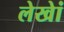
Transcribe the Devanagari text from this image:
लेखेां